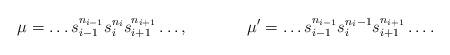
LaTeX: \begin{align*}&\mu=\dots s_{i-1}^{n_{i-1}} s_i^{n_i} s_{i+1}^{n_{i+1}}\dots,&&\mu'=\dots s_{i-1}^{n_{i-1}} s_i^{n_i-1} s_{i+1}^{n_{i+1}}\dots.\end{align*}